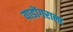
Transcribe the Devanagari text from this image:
याडोंगराला